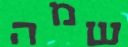
שמה